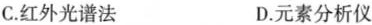
C.红外光谱法 D.元素分析仪